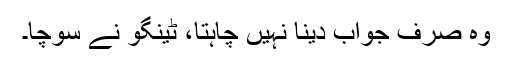
وہ صرف جواب دینا نہیں چاہتا، ٹینگو نے سوچا۔